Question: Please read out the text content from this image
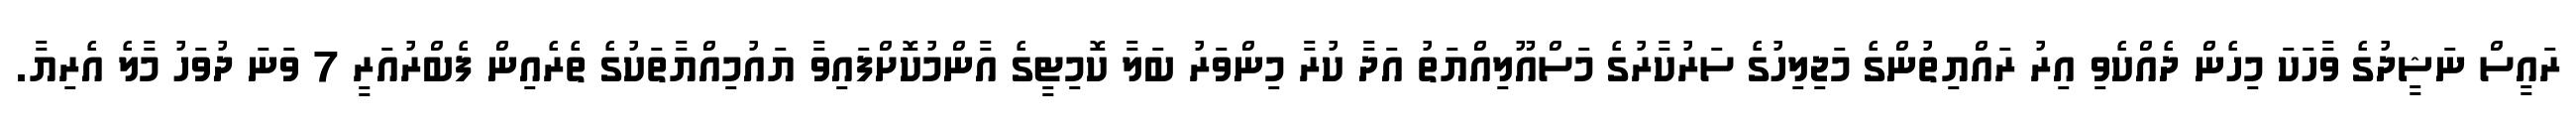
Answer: ރައީސް ނަޝީދުގެ ވާހަކަ މިހެން ދެއްކެވި އިރު ރައްޔިތުންގެ މަޖިލިހުގެ ސަރުކާރުގެ މަސްއޫލިއްޔަތު އަދާ ކުރާ މިންވަރު ބަލާ ކޮމިޓީގެ އާންމުކޮށްފައިވާ ޔައުމިއްޔާތަކުގެ ތެރެއިން ފެބްރުއަރީ 7 ވަނަ ދުވަހު މާލެ އެރިޔާ.